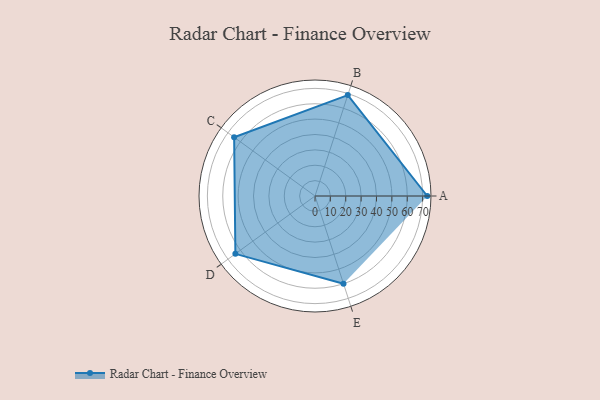
{"axis": {"x": "Skill", "y": "Score"}, "legend": ["Profile"], "data": [{"x": "A", "y": 73.0, "type": "Profile"}, {"x": "B", "y": 69.0, "type": "Profile"}, {"x": "C", "y": 65.0, "type": "Profile"}, {"x": "D", "y": 64.0, "type": "Profile"}, {"x": "E", "y": 60.0, "type": "Profile"}]}